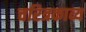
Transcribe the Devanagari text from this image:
चरित्रकाव्य